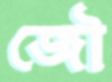
জৌ